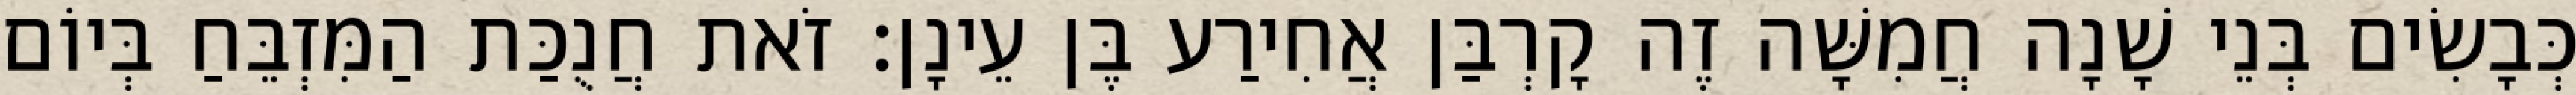
כְּבָשִׂים בְּנֵי שָׁנָה חֲמִשָּׁה זֶה קָרְבַּן אֲחִירַע בֶּן עֵינָן׃ זֹאת חֲנֻכַּת הַמִּזְבֵּחַ בְּיוֹם